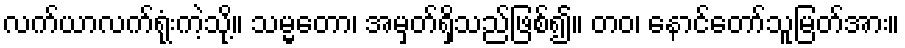
လက်ယာလက်ရုံးကဲ့သို့။ သမ္မတော၊ အမှတ်ရှိသည်ဖြစ်၍။ တဝ၊ နောင်တော်သူမြတ်အား။